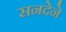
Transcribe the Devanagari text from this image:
सनदेने